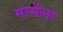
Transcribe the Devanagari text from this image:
मार्सेला